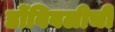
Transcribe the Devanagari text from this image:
डोंबिवलीची